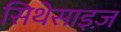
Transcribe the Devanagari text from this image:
सिथेसाइज़